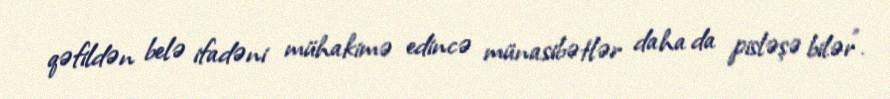
qəfildən belə ifadəni mühakimə edincə münasibətlər daha da pisləşə bilər”.